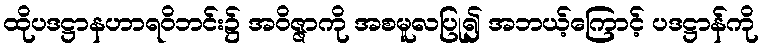
ထိုပဒဋ္ဌာနဟာရဝိဘင်း၌ အဝိဇ္ဇာကို အစမူလပြု၍ အဘယ့်ကြောင့် ပဒဋ္ဌာန်ကို